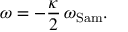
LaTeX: \omega = - \frac { \kappa } { 2 } \, \omega _ { \mathrm { S a m } } .